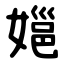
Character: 㜉